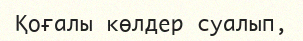
Қоғалы көлдер суалып,